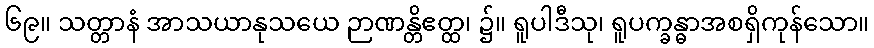
၆၉။ သတ္တာနံ အာသယာနုသယေ ဉာဏန္တိဧတ္ထ၊ ၌။ ရူပါဒီသု၊ ရူပက္ခန္ဓာအစရှိကုန်သော။